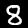
Digit: 8